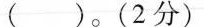
( )。(2分)